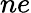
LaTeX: ne